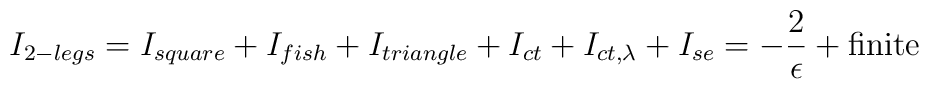
I_{2-legs}=I_{square}+I_{fish}+I_{triangle}+I_{ct}+I_{ct,\lambda}+I_{se}=-{2\over\epsilon}+\mbox{finite}